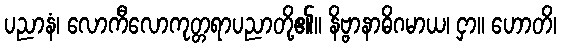
ပညာနံ၊ လောကီလောကုတ္တရာပညာတို့၏။ နိဗ္ဗာနာဓိဂမာယ၊ ငှာ။ ဟောတိ၊